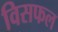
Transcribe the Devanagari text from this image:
विसफल